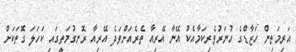
އަރިމަތިން ހަޒާޑްގެ ހުނަރުވެރިކަމާއެކު އޭނާ އޭރިއާ ތެރެއަށްވަދެ އޭރިއާ ރޮނގުމަތީގައި ކަހަލަ ގޮތަކަށް